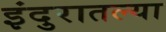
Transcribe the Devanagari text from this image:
इंदुरातल्या